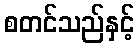
စတင်သည်နှင့်